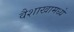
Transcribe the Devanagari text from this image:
वैशाखामध्ये